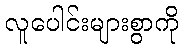
လူပေါင်းများစွာကို